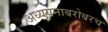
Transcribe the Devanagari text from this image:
अध्ययनाबरोबरच